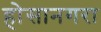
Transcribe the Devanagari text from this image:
होसानगरा